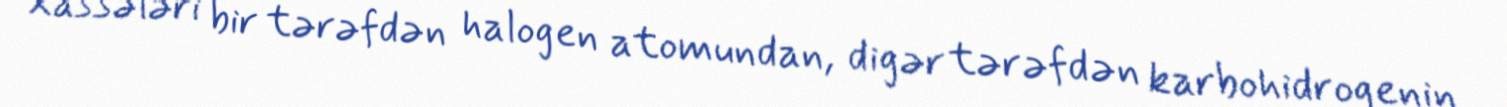
xassələri bir tərəfdən halogen atomundan, digər tərəfdən karbohidrogenin